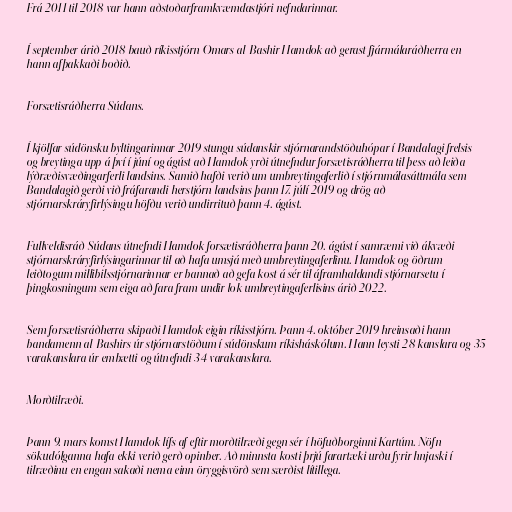
Frá 2011 til 2018 var hann aðstoðarframkvæmdastjóri nefndarinnar.

Í september árið 2018 bauð ríkisstjórn Omars al-Bashir Hamdok að gerast fjármálaráðherra en
hann afþakkaði boðið.

Forsætisráðherra Súdans.

Í kjölfar súdönsku byltingarinnar 2019 stungu súdanskir stjórnarandstöðuhópar í Bandalagi frelsis
og breytinga upp á því í júní og ágúst að Hamdok yrði útnefndur forsætisráðherra til þess að leiða
lýðræðisvæðingarferli landsins. Samið hafði verið um umbreytingaferlið í stjórnmálasáttmála sem
Bandalagið gerði við fráfarandi herstjórn landsins þann 17. júlí 2019 og drög að
stjórnarskráryfirlýsingu höfðu verið undirrituð þann 4. ágúst.

Fullveldisráð Súdans útnefndi Hamdok forsætisráðherra þann 20. ágúst í samræmi við ákvæði
stjórnarskráryfirlýsingarinnar til að hafa umsjá með umbreytingaferlinu. Hamdok og öðrum
leiðtogum millibilsstjórnarinnar er bannað að gefa kost á sér til áframhaldandi stjórnarsetu í
þingkosningum sem eiga að fara fram undir lok umbreytingaferlisins árið 2022.

Sem forsætisráðherra skipaði Hamdok eigin ríkisstjórn. Þann 4. október 2019 hreinsaði hann
bandamenn al-Bashirs úr stjórnarstöðum í súdönskum ríkisháskólum. Hann leysti 28 kanslara og 35
varakanslara úr embætti og útnefndi 34 varakanslara.

Morðtilræði.

Þann 9. mars komst Hamdok lífs af eftir morðtilræði gegn sér í höfuðborginni Kartúm. Nöfn
sökudólganna hafa ekki verið gerð opinber. Að minnsta kosti þrjú farartæki urðu fyrir hnjaski í
tilræðinu en engan sakaði nema einn öryggisvörð sem særðist lítillega.